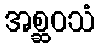
အစ္ဆဝသံ